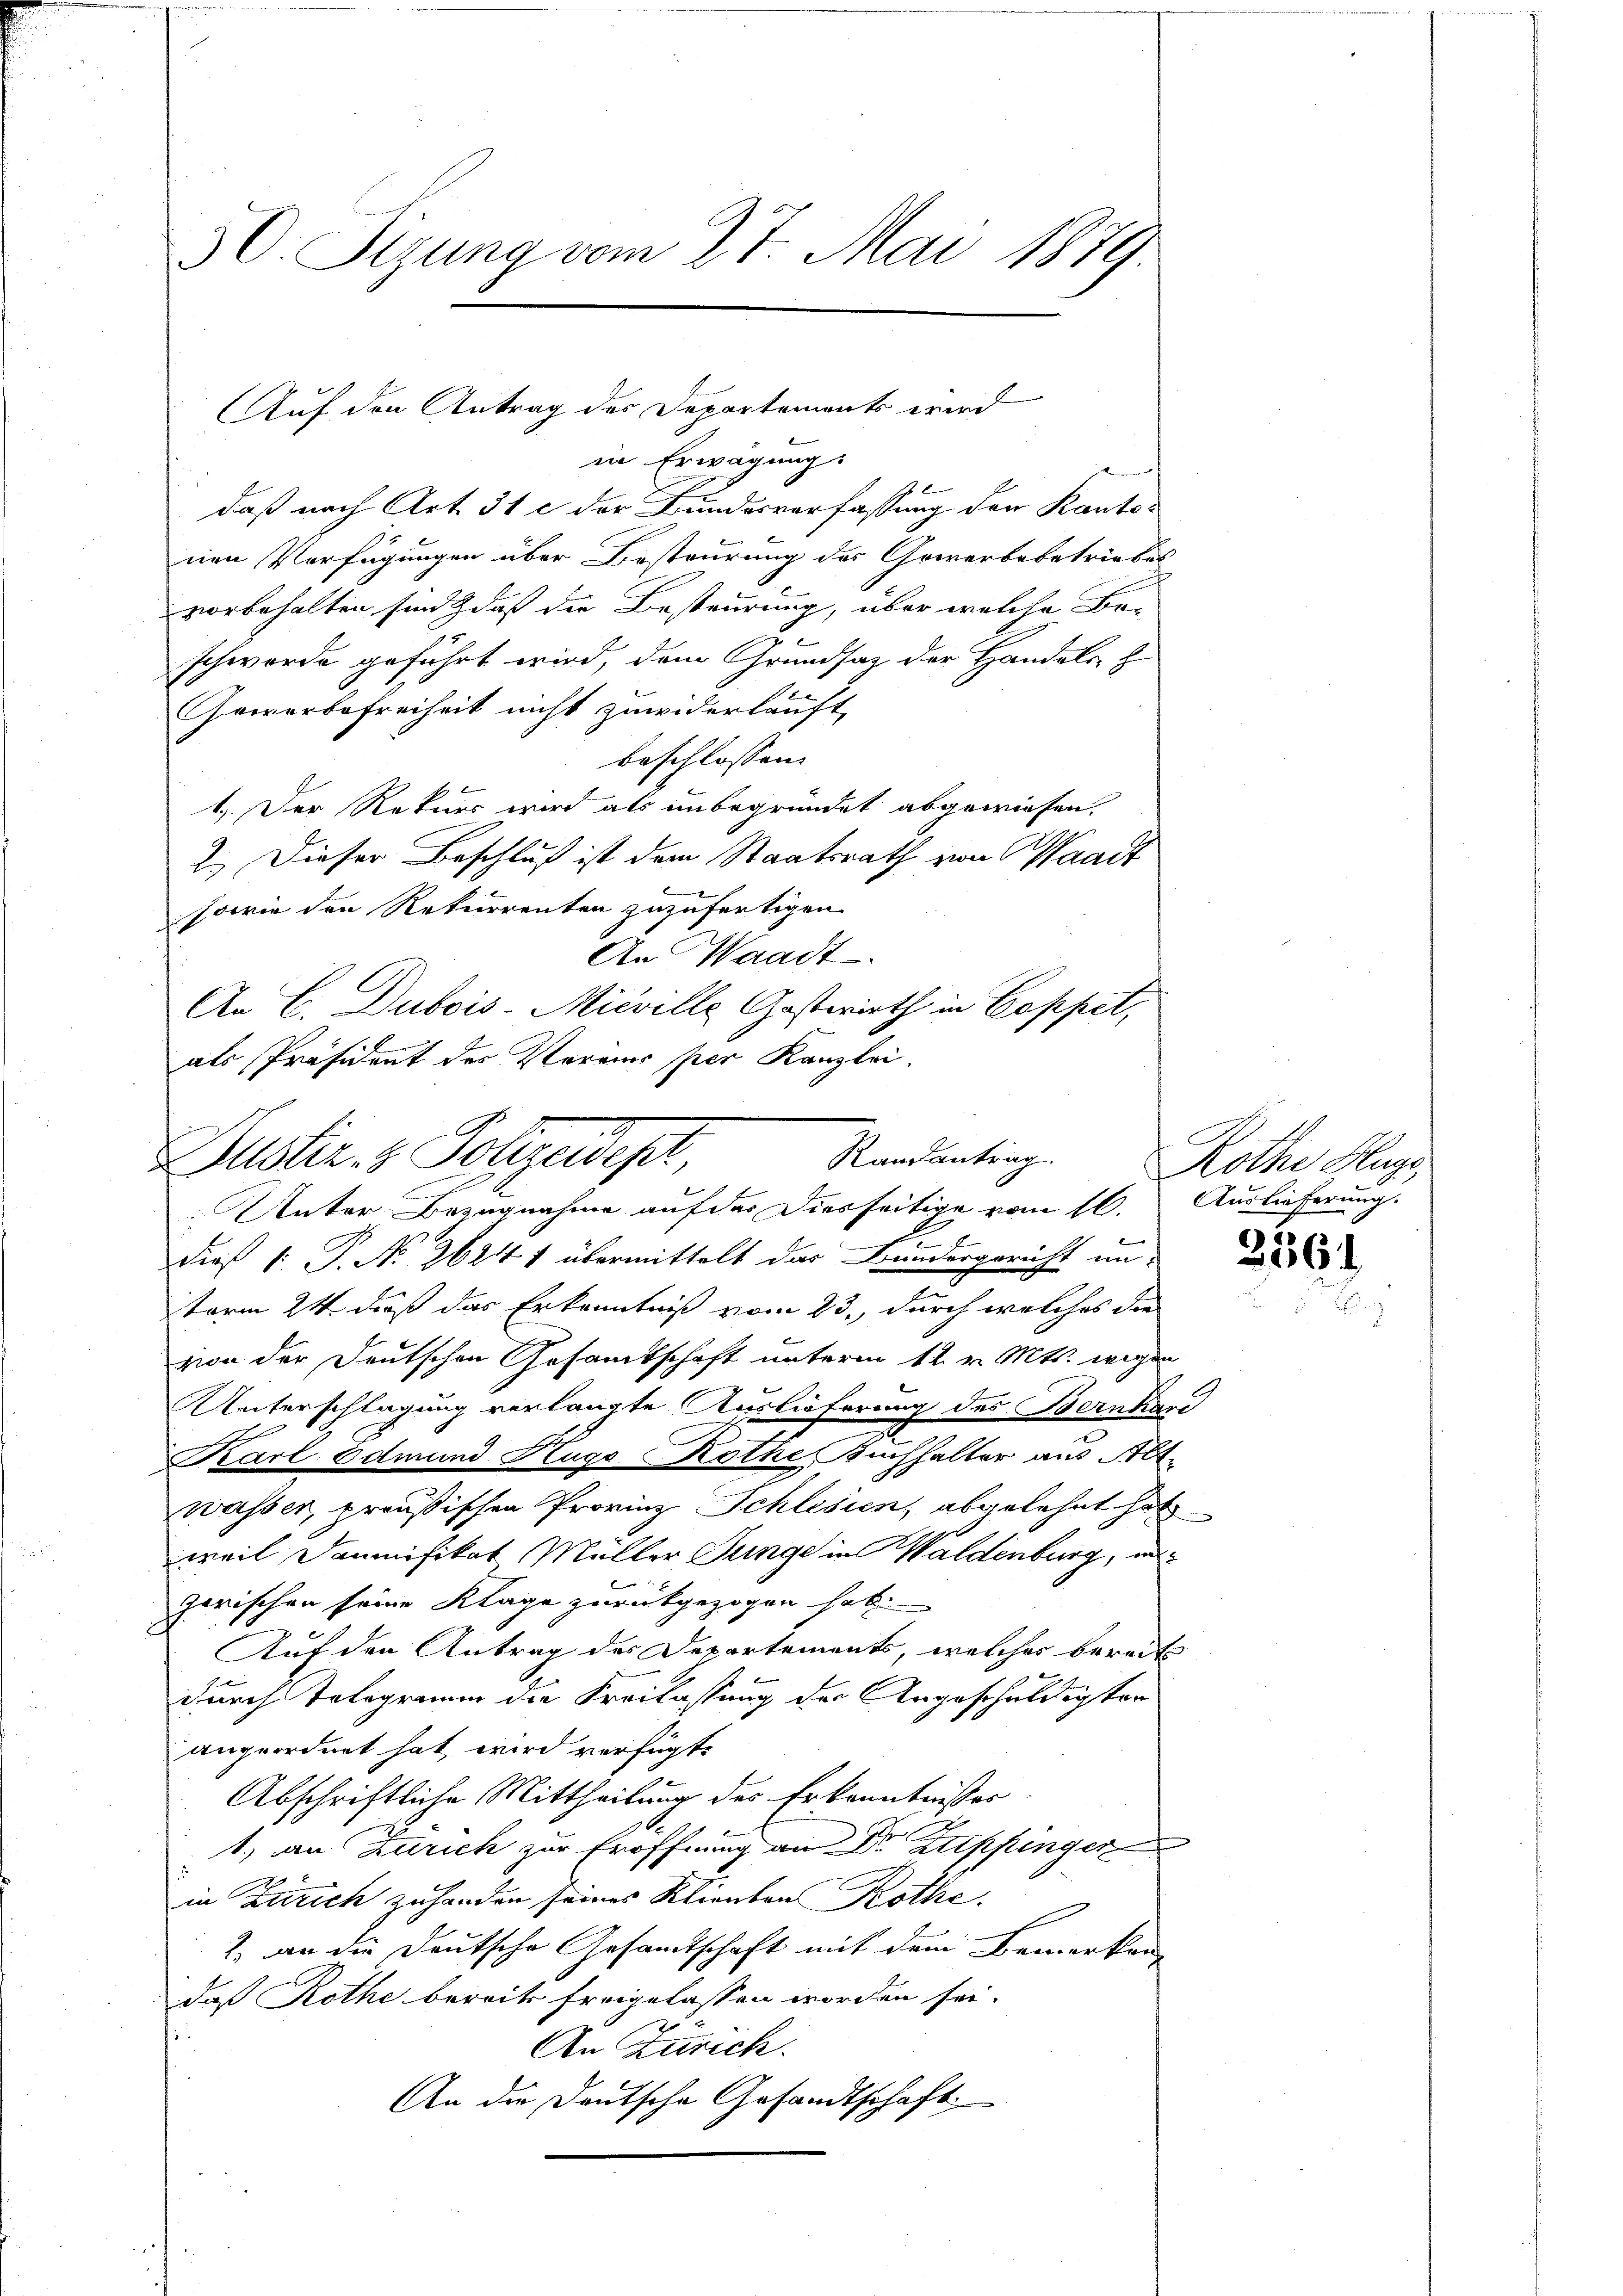
50. Sizung vom 27. Mai 1879.

Auf den Antrag des Departements wird

in Erwägung.
daß nach Art. 31 c der Bundesverfassung den Kantonen Verfügungen über Besteurung des Gewerbebetriebes
vorbehalten sind, daß die Besteurung, über welche Be-
schwerde geführt wird, dem Grundsaz der Handels z
Gewerbefreiheit nicht zuwiderlauft,
beschlossen: |
1.) Der Rekurs wird als unbegründet abgewiesen.
2.) Dieser Beschluß ist dem Staatsrath von Waadt
sowie den Rekurrenten zuzufertigen.
dies v. P. No 26241 übermittelt das Bandergericht un-
term 24 daß das Erkenntniß vom 23., durch welches die
zion der Deutschen Gesamtschaft unterm 12. v. Mts. wegen
Unterschlagung verlangte Auslieferung des Bernhard
Karl Edmund Hugo Rothe Buchhalter aus Alt-
wasser, preußischen Provinz Schlesien, abgelehnt hat
weil Dominifikat Müller Junge in Waldenburg, in
zwischen seine Klage zurückgezogen hab
Auf den Antrag des Departements, welches bereits
durch Tologramm die Kreilassung der Angeschuldigten
angeordnet hat wird verfügt:
Abschriftliche Mittheilung des Erkenntnisses
d
1.) an Zürich zur Eröffnung an Dr. Lippinger
in Zürich zu handen seines Klienten Rothe
2. an die Deutsche Gesamtschaft mit dem Bemerken
daß Rothe bereits freigelassen worden sei.
J
An Zürich.
An die Deutsche Gesandtschaft

An Waadt
An C. Dubois-Mieville Gastwirth in Coppet,
als Präsident des Vereins per Kanzlei.
Randantrag.
Zustiz & Polizeidest,
Unter Bezugnahme auf das Diesseitige vom 16. Auslieferung.

Rothe Hage,

356